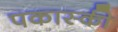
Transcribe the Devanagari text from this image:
पकास्की